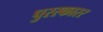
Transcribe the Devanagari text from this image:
पुरस्कारर